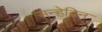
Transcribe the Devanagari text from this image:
सन्हेद्रिन